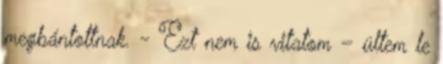
megbántottnak. - Ezt nem is vitatom – ültem le